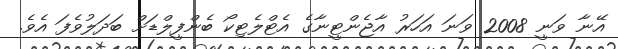
އޭނާ ވަނީ 2008 ވަނަ އަހަރު އާޖެންޓީނާގެ އެޓްލެޓިކޯ ބެންފީލްޑަށް ބަދަލުވެފަ އެވެ.